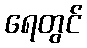
ရေတွင်